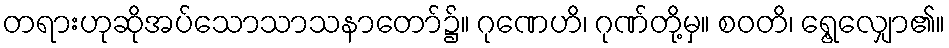
တရားဟုဆိုအပ်သောသာသနာတော်၌။ ဂုဏေဟိ၊ ဂုဏ်တို့မှ။ စဝတိ၊ ရွေ့လျှော၏။